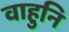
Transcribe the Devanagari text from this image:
वाहुनि